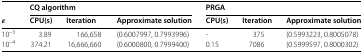
|  | <COLSPAN=3> CQ algorithm | <COLSPAN=3> PRGA |
 | ε | CPU(s) | Iteration | Approximate solution | CPU(s) | Iteration | Approximate solution |
 | --- | --- | --- | --- | --- | --- | --- |
 | 10−3 | 3.89 | 166,658 | (0.6007997, 0.7993996) | - | 375 | (0.5993223, 0.8005078) |
 | 10−4 | 374.21 | 16,666,660 | (0.6000800, 0.7999400) | 0.15 | 7086 | (0.5999597, 0.8000302) |